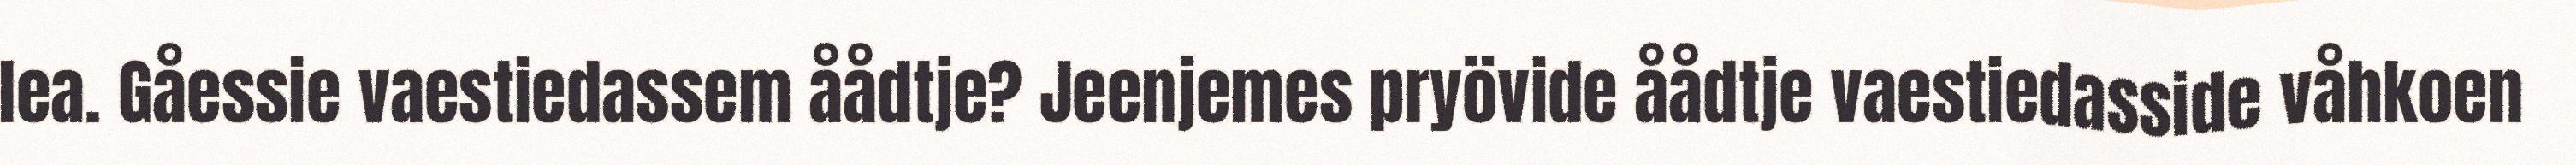
lea. Gåessie vaestiedassem åådtje? Jeenjemes pryövide åådtje vaestiedasside våhkoen